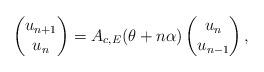
LaTeX: \begin{align*}\left(\begin{matrix}u_{n+1}\\u_n\end{matrix}\right)=A_{c, E}(\theta+n\alpha)\left(\begin{matrix}u_n\\u_{n-1}\end{matrix}\right),\end{align*}